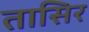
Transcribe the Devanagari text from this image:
तासिर